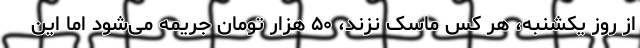
از روز یکشنبه، هر کس ماسک نزند، ۵۰ هزار تومان جریمه می‌شود اما این